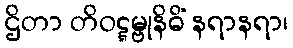
ဌိတာ တိဝဋ္ဋမ္ဗုနိဓိံ နရာနရာ၊